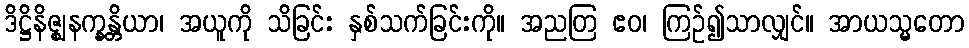
ဒိဋ္ဌိနိဇ္ဈနက္ခန္တိယာ၊ အယူကို သိခြင်း နှစ်သက်ခြင်းကို။ အညတြ ဧဝ၊ ကြဉ်၍သာလျှင်။ အာယသ္မတော